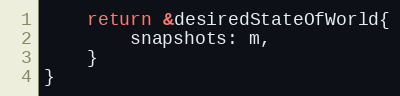
Language: Go
	return &desiredStateOfWorld{
		snapshots: m,
	}
}